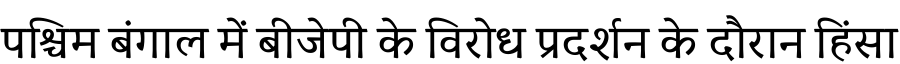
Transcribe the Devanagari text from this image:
पश्चिम बंगाल में बीजेपी के विरोध प्रदर्शन के दौरान हिंसा